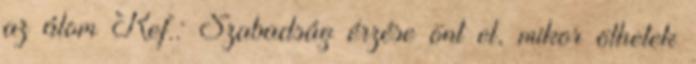
az álom Ref.: Szabadság érzése önt el, mikor ölhetek